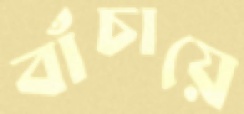
বাঁচায়ে